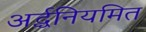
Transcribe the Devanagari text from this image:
अर्द्धनियमित